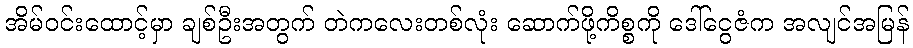
အိမ်ဝင်းထောင့်မှာ ချစ်ဦးအတွက် တဲကလေးတစ်လုံး ဆောက်ဖို့ကိစ္စကို ဒေါ်ငွေဇံက အလျင်အမြန်